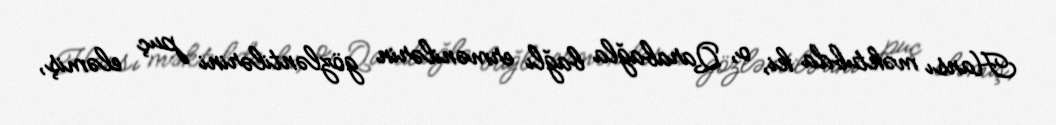
Hansı məktubda ki, o, Qarabağla bağlı ermənilərin gözləntilərini puç eləmiş,